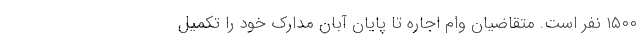
۱۵۰۰ نفر است. متقاضیان وام اجاره تا پایان آبان مدارک خود را تکمیل